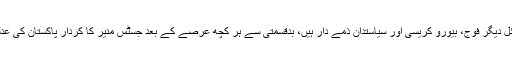
باقی 50 فی صد مسائل دیگر فوج، بیورو کریسی اور سیاستدان ذمے دار ہیں، بدقسمتی سے ہر کچھ عرصے کے بعد جسٹس منیر کا کردار پاکستان کی عدلیہ میں زندہ ہوتا ہے۔